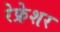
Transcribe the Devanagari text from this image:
रेफ्रेशर